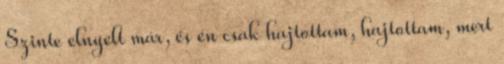
Szinte elnyelt már, és én csak hajtottam, hajtottam, mert